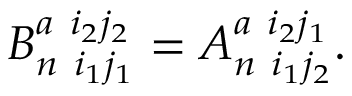
B _ { n \ i _ { 1 } j _ { 1 } } ^ { a \ i _ { 2 } j _ { 2 } } = A _ { n \ i _ { 1 } j _ { 2 } } ^ { a \ i _ { 2 } j _ { 1 } } .